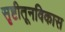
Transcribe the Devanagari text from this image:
सृष्टीतूनविकास